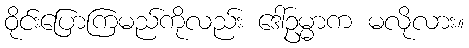
ဝိုင်းပြောကြမည်ကိုလည်း ဒေါ်ဥမ္မာက မလိုလား။